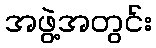
အဖွဲ့အတွင်း